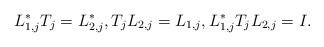
\begin{align*} L_{1,j}^*T_j = L_{2,j}^*, T_{j}L_{2,j} = L_{1,j}, L_{1,j}^*T_{j}L_{2,j} = I.\end{align*}